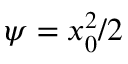
\psi = x _ { 0 } ^ { 2 } / 2